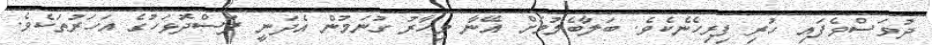
ދުވަސްވެފައި ހުރި ފިރިހެނެކެވެ. ބަލާބެލުމަށް އޭނާ މިހާރު ގުނަމުން އެދަނީ ފަސްދޮޅަހުގެ އަހަރުތަކެވެ.